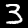
Digit: 3